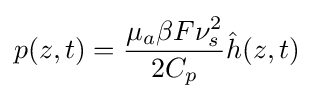
p(z,t)={\mu _{a}\beta F\nu _{s}^{2} \over 2C_{p}}{\hat {h}}(z,t)